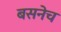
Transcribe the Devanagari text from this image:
बसनेच